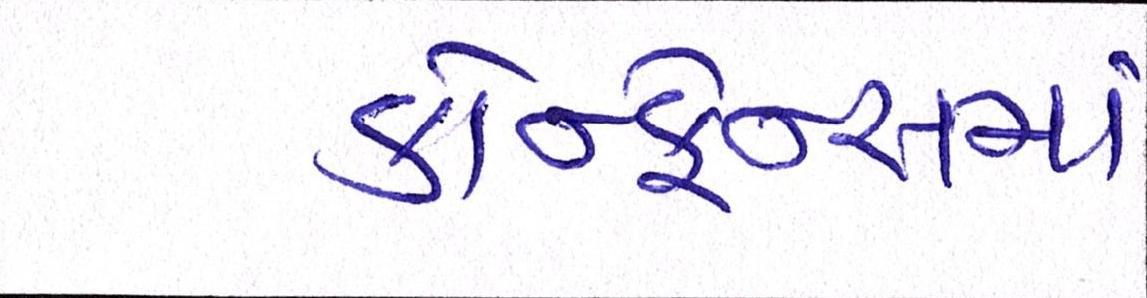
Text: કોન્ફ્રેન્સમાં